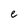
Character: e